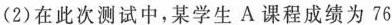
(2)在此次测试中，某学生A课程成绩为76